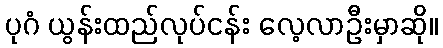
ပုဂံ ယွန်းထည်လုပ်ငန်း လေ့လာဦးမှာဆို။